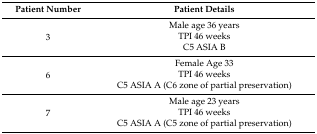
| Patient Number | Patient Details |
 | --- | --- |
 | <ROWSPAN=3> 3 | Male age 36 years |
 | TPI 46 weeks |
 | C5 ASIA B |
 | <ROWSPAN=3> 6 | Female Age 33 |
 | TPI 46 weeks |
 | C5 ASIA A (C6 zone of partial preservation) |
 | <ROWSPAN=3> 7 | Male age 23 years |
 | TPI 46 weeks |
 | C5 ASIA A (C5 zone of partial preservation) |